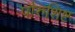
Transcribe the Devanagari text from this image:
पौरुशिष्ट